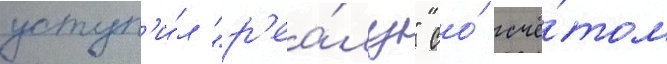
уступ'и́л "р'еа́лу" со́ счё́том